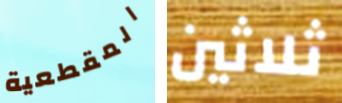
المقطعية ثلاثين